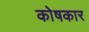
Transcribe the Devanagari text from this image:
काेषकार